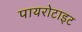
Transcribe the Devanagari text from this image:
पायरोटाइट